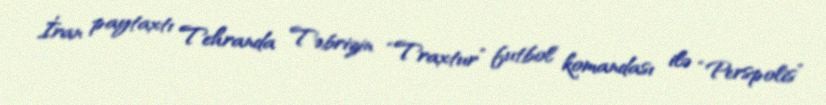
İran paytaxtı Tehranda Təbrizin “Traxtur” futbol komandası ilə “Perspolis”